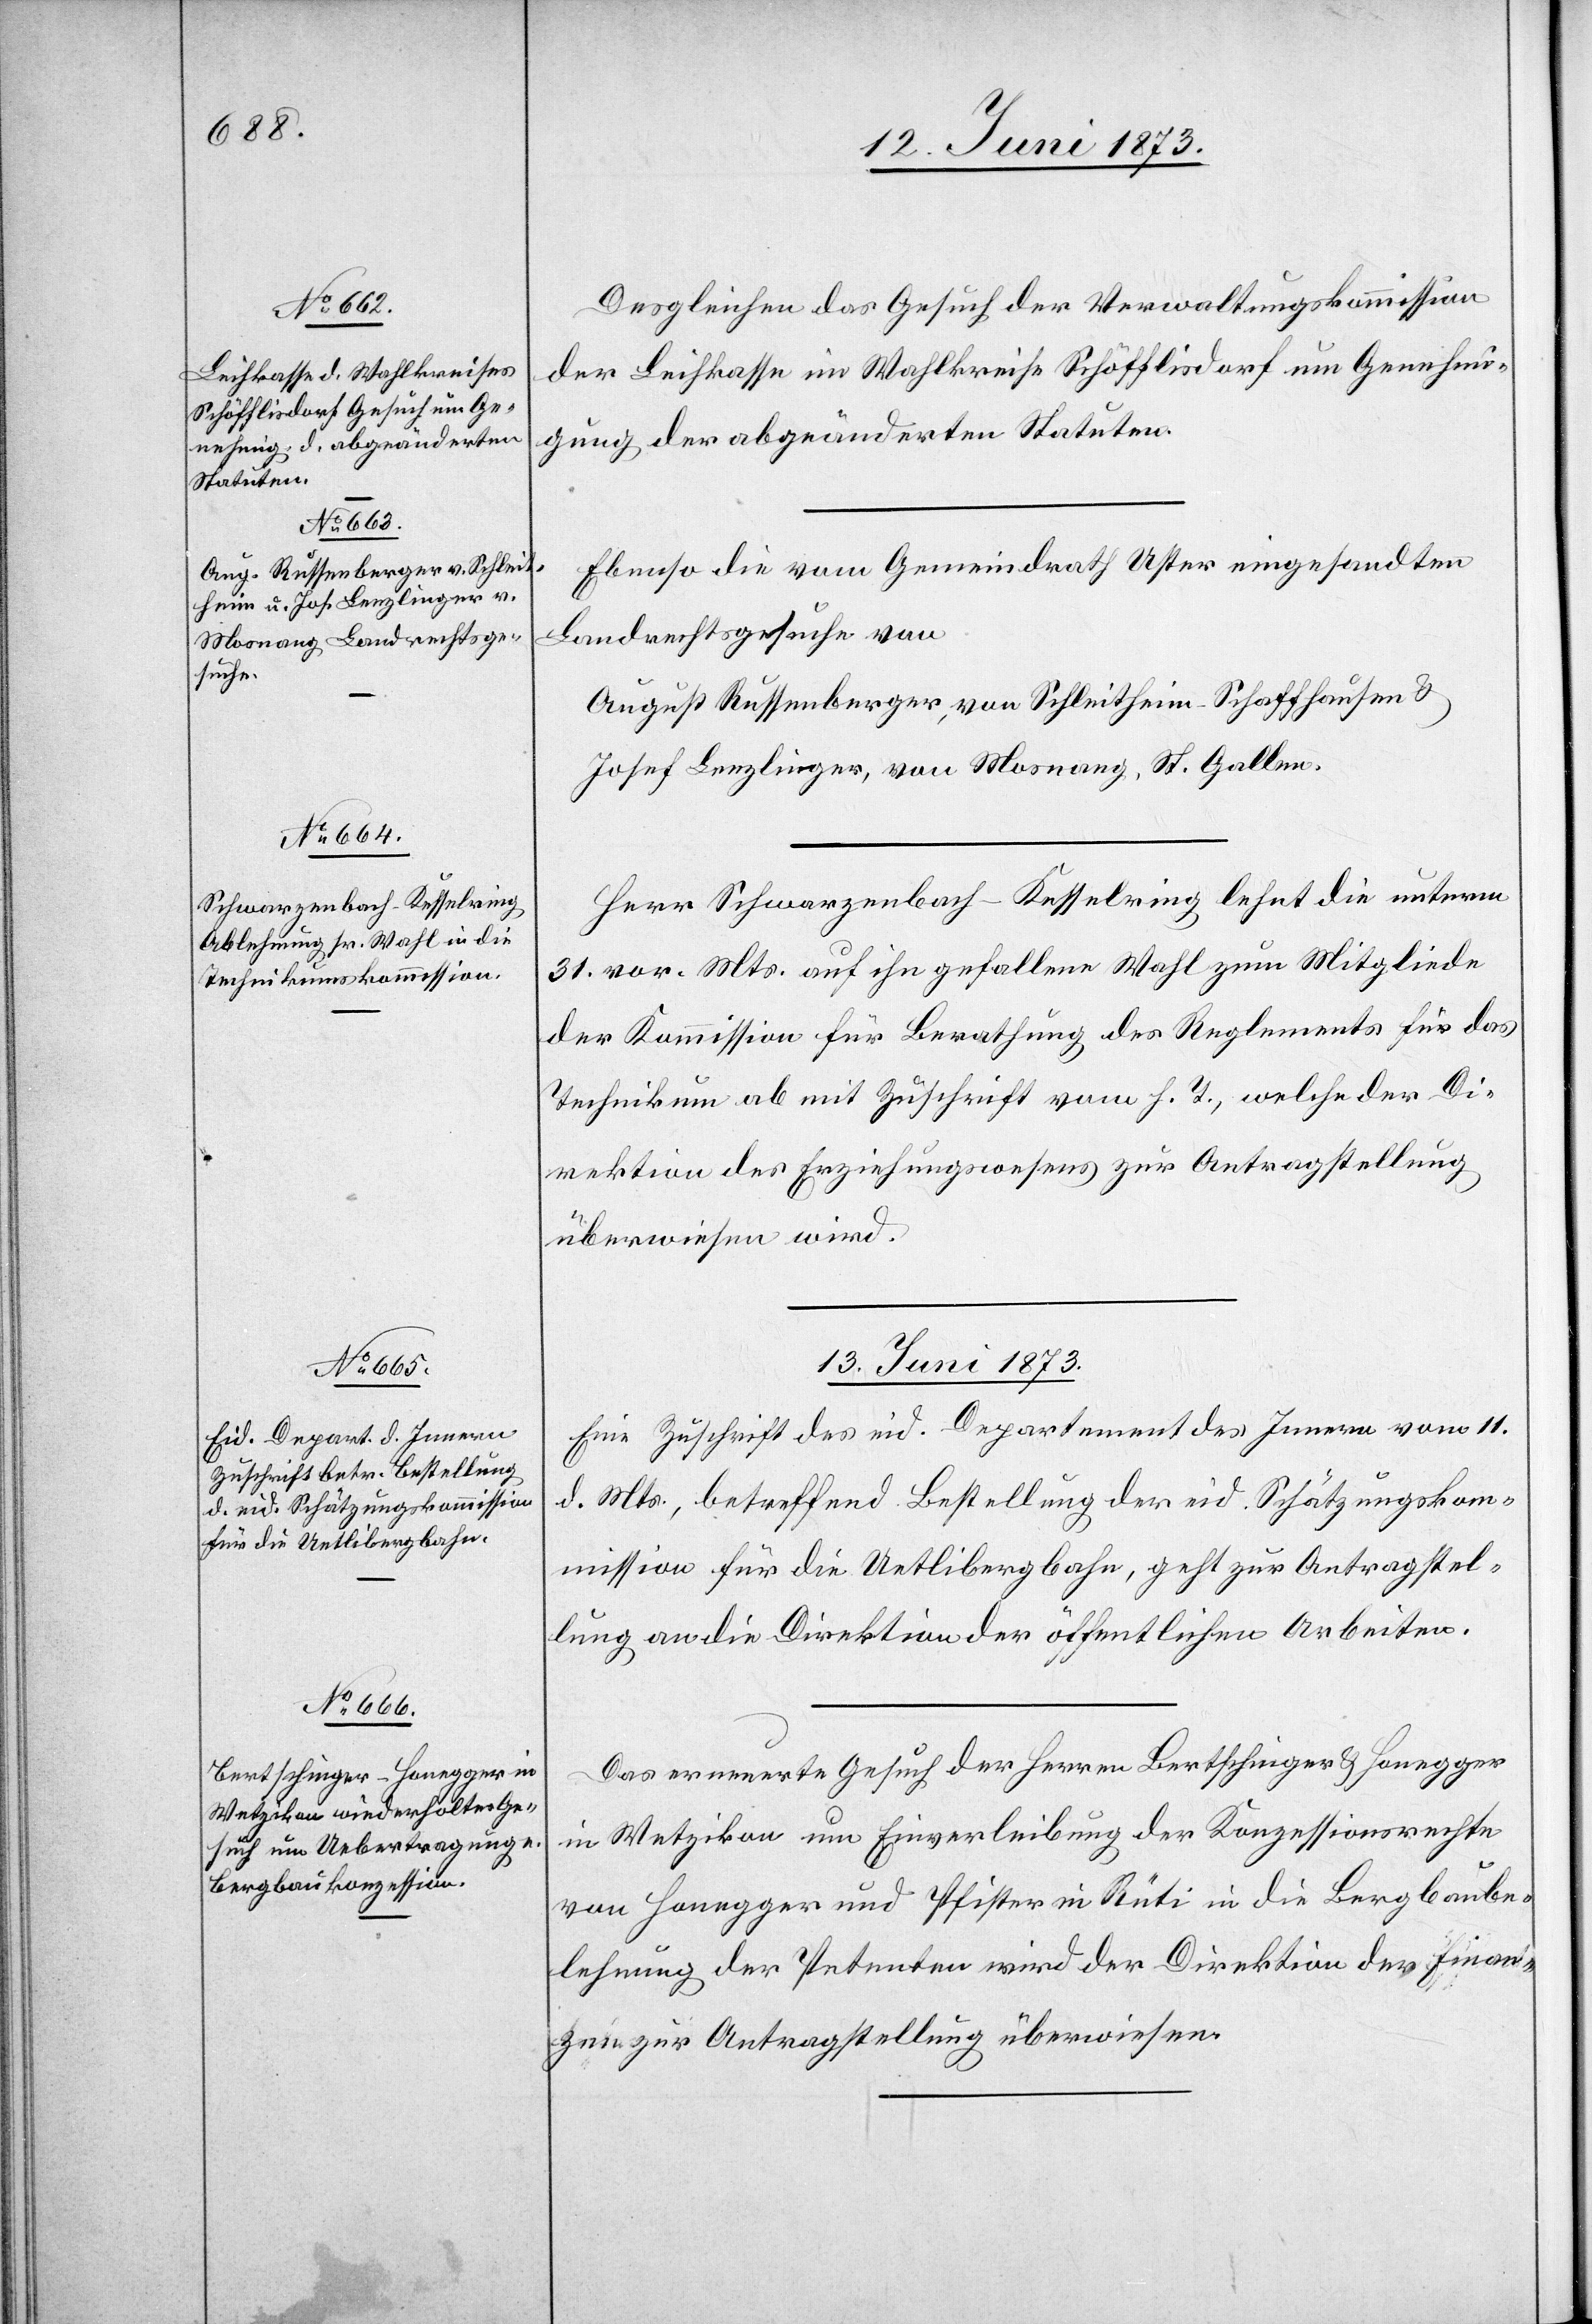
12. Juni 1873.]
Desgleichen das Gesuch der Verwaltungskommission
der Leihkasse im Wahlkreise Schöfflisdorf um Genehmi¬
gung der abgeänderten Statuten.
Ebenso die vom Gemeindrath Uster eingesandten
Landrechtsgesuche von
August Russenberger, von Schleitheim-Schaffhausen &
Josef Lenzlinger, von Mosnang, St. Gallen.
Herr Schwarzenbach-Kesselring lehnt die unterm
31. vor. Mts. auf ihn gefallene Wahl zum Mitgliede
der Kommission für Berathung des Reglements für das
Technikum ab mit Zuschrift vom h. T., welche der Di¬
rektion des Erziehungswesens zur Antragstellung
überwiesen wird.
13. Juni 1873.]
Eine Zuschrift des eid. Departement des Innern vom 11.
d. Mts., betreffend Bestellung der eid. Schätzungskom¬
mission für die Uetlibergbahn, geht zur Antragstel¬
lung an die Direktion der öffentlichen Arbeiten.
Das erneuerte Gesuch der Herren Bertschinger & Honegger
in Wetzikon um Einverleibung der Konzessionsrechte
von Honegger und Pfister in Rüti in die Bergbaube¬
lehnung der Petenten wird der Direktion der Finan¬
zen zur Antragstellung überwiesen.